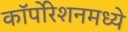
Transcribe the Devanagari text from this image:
कॉर्पोरेशनमध्ये